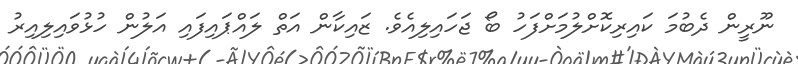
ނޫރީން ދެބުމަ ކައިރިކޮށްލުމަށްފަހު ބޯ ޖަހައިލިއެވެ. ޒައިކާން އަތް ލައްޕައިފައި އަލުން ހުޅުވައިލިއިރު